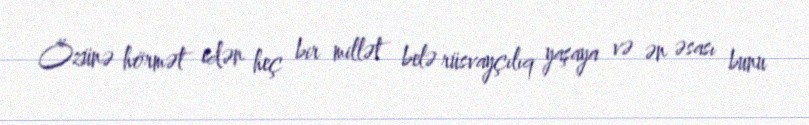
Özünə hörmət edən heç bir millət belə rüsvayçılıq yaşaya və ən əsası bunu